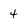
Character: 4